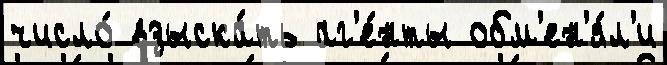
число́ взыска́ть аг'е́нты обм'ен'я́л'и